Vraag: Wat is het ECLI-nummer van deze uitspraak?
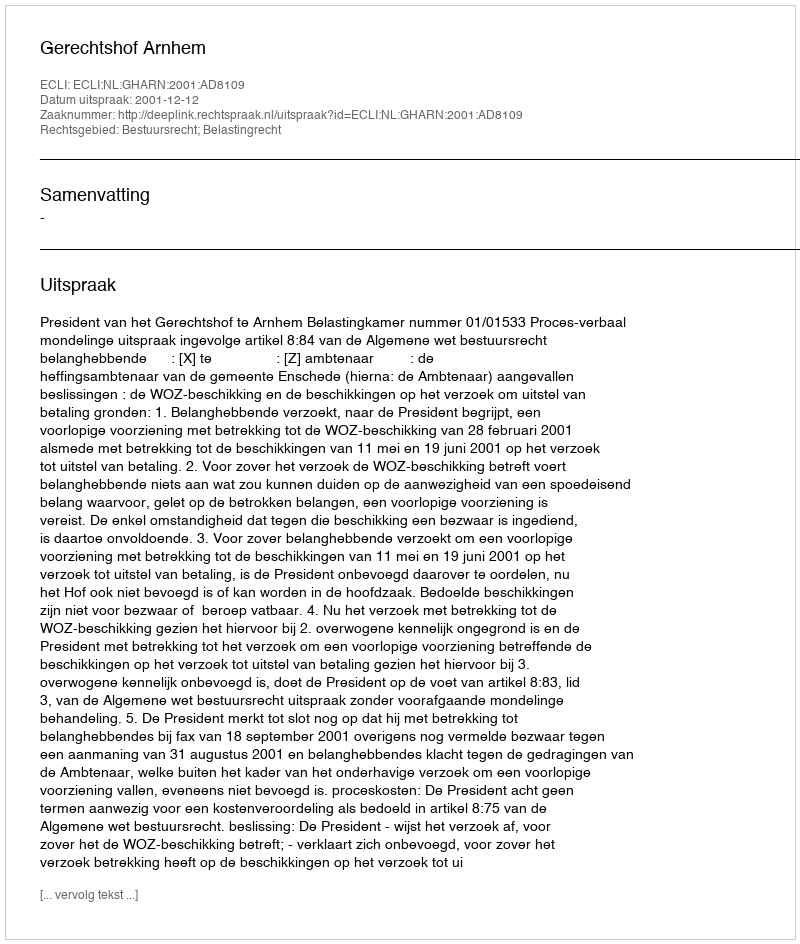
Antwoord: ECLI:NL:GHARN:2001:AD8109